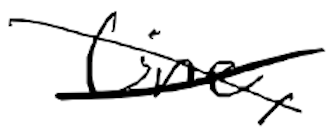
Text: line,
Cross-out: cross
Writing tool: digital_black